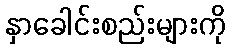
နှာခေါင်းစည်းများကို